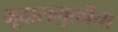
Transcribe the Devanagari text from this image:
भूदासमुक्तीचा